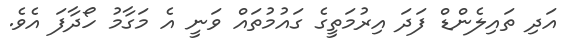
އަދި ތައިލެންޑް ފަދަ އިރުމަތީގެ ގައުމުތައް ވަނީ އެ މަގާމު ހޯދާފަ އެވެ.